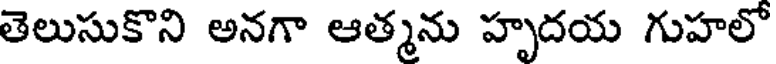
తెలుసుకొని అనగా ఆత్మను హృదయ గుహలో